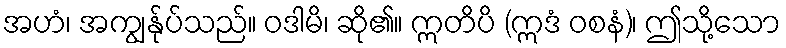
အဟံ၊ အကျွန်ုပ်သည်။ ဝဒါမိ၊ ဆို၏။ ဣတိပိ (ဣဒံ ဝစနံ)၊ ဤသို့သော